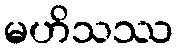
မဟိသဿ